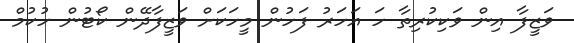
ވަޒީފާ އިން ވަކިކުރިތާ ހަ އަހަރު ފަހުން މީހަކަށް ވަޒީފާދޭން ކޯޓުން ހުކުމް